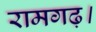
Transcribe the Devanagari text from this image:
रामगढ़।